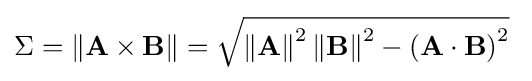
\Sigma =\left\|\mathbf {A} \times \mathbf {B} \right\|={\sqrt {\left\|\mathbf {A} \right\|^{2}\left\|\mathbf {B} \right\|^{2}-\left(\mathbf {A} \cdot \mathbf {B} \right)^{2}}}\